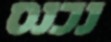
נכנס